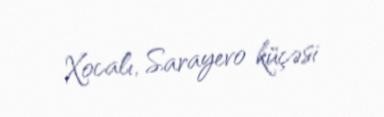
Xocalı, Sarayevo küçəsi